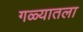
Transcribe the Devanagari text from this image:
गळ्यातला